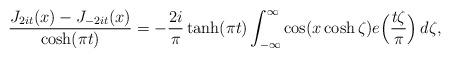
LaTeX: \begin{align*}\frac{J_{2 i t}(x) - J_{-2 i t}(x)}{\cosh(\pi t)} = - \frac{2 i}{\pi} \tanh(\pi t) \int_{-\infty}^\infty \cos(x \cosh \zeta) e\Bigl( \frac{t \zeta}{\pi} \Bigr) \, d \zeta,\end{align*}